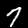
Label: 7